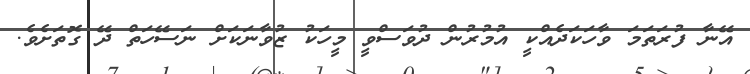
އޭނާ ފުރަތަމަ ވާހަކަދެއްކީ އުމުރުން ދުވަސްވީ މީހަކު ޒުވާނަކަށް ނަސޭހަތް ދޭ ގޮތަށެވެ.